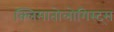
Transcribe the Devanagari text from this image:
क्लिमातोलोगिस्ट्स